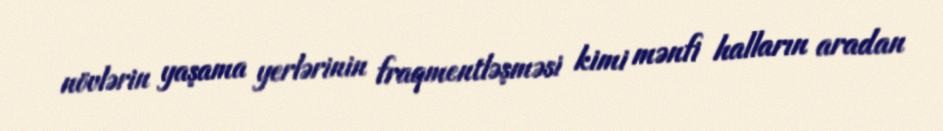
növlərin yaşama yerlərinin fraqmentləşməsi kimi mənfi halların aradan